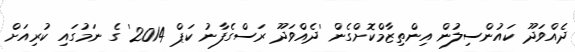
ދެއްވަދޫ ކައުންސިލުން އިންތިޒާމްކޮށްގެން 'ދެއްވަދޫ ރަސްގެފާނު ކަޕް 2014' ގެ ނަމުގައި ކުރިއަށް